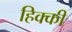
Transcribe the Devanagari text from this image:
हिक्‍की